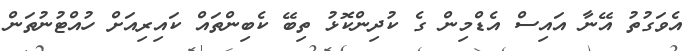
އެވަގުތު އޭނާ އައިސް އެޑްމިން ގެ ކުދިންކޮޅު ތިބޭ ކެބިންތައް ކައިރިއަށް ހުއްޓުނުތަން